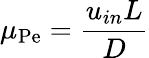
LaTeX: \mu_{\mathrm{Pe}}=\frac{u_{in}L}{D}